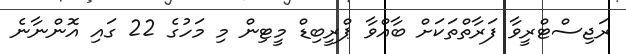
ރަޖިސްޓްރީވާ ފަރާތްތަކަށް ބާއްވާ ޕްރީބިޑް މީޓިން މި މަހުގެ 22 ގައި އޮންނާނެ